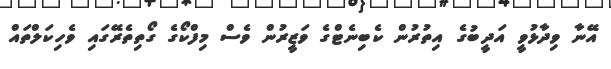
އޭނާ ވިދާޅުވީ އަދީބުގެ އިތުރުން ކެބިނެޓްގެ ވަޒީރުން ވެސް މިފްކޯގެ ގޯތިތެރޭގައި ވެހިކަލްތައް